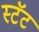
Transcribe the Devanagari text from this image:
स्टॅट